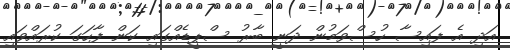
އަދި އެ ފައިސާ ހުސްވަމުން ދަނީ ބާރު ސްޕީޑެއްގައި ކަން ފާހަގަ ކުރައްވައި